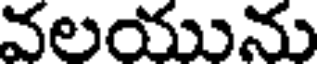
వలయును